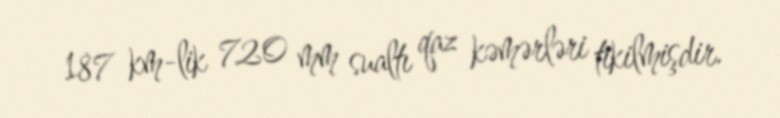
187 km-lik 720 mm sualtı qaz kəmərləri tikilmişdir.